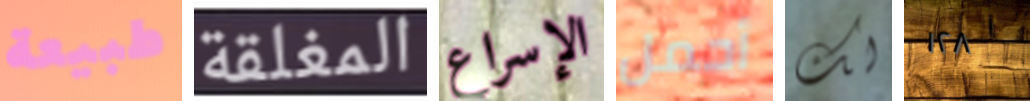
طبيعة المغلقة الإسراع أحمل لك ١٢٨